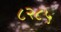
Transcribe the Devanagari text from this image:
८२८५